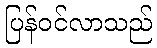
ပြန်ဝင်လာသည်